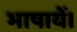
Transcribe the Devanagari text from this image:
भाषायें।